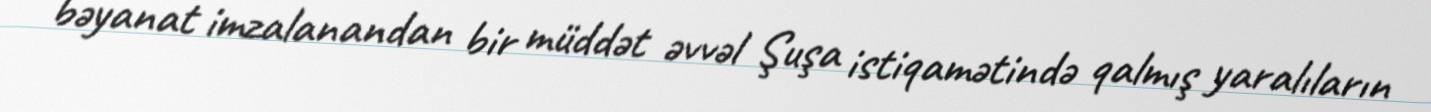
bəyanat imzalanandan bir müddət əvvəl Şuşa istiqamətində qalmış yaralıların